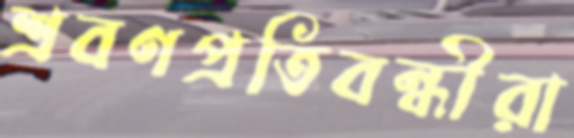
শ্রবণপ্রতিবন্ধীরা